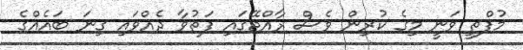
މުފްތީ ވަނީ މިގެ ކުރިން ވެސް ރާއްޖޭގައި ފަތުވާ ދެއްވައި ގިނަ ބައެއްގެ